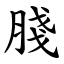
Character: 䏼